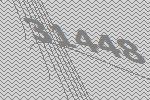
31448